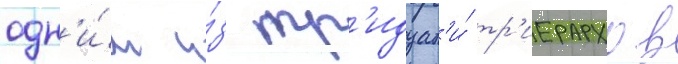
одн'и́м и́з тр'идцат'и́ тр'иерархов